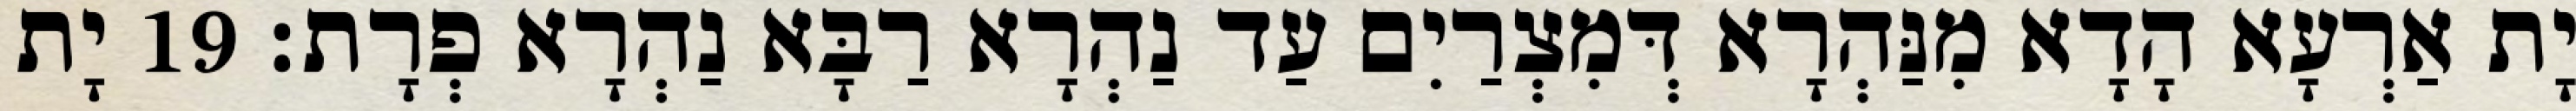
יָת אַרְעָא הָדָא מִנַּהְרָא דְּמִצְרַיִם עַד נַהְרָא רַבָּא נַהְרָא פְרָת׃ 19 יָת